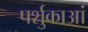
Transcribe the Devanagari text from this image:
पर्शुकाआं